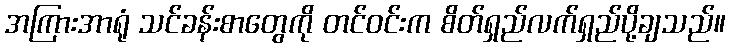
အကြားအာရုံ သင်ခန်းစာတွေကို တင်ဝင်းက စိတ်ရှည်လက်ရှည်ပို့ချသည်။